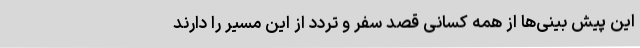
این پیش بینی‌ها از همه کسانی قصد سفر و تردد از این مسیر را دارند